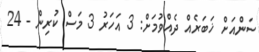
ސަންއަށް ޚަބަރެއް ދެއްވުމަށް: 3 އަހަރު 3 މަސް ކުރިން - 24